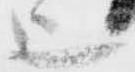
上